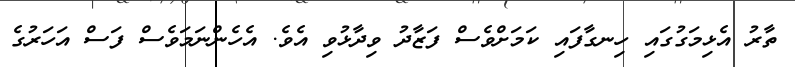
ތާރު އެޅިމަގުގައި ހިނގާފައި ކަމަށްވެސް ފަޒާދު ވިދާޅުވި އެވެ. އެހެންނަމަވެސް ފަސް އަހަރުގެ